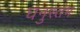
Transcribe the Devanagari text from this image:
घनुस्तंभ